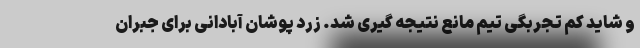
و شاید کم تجربگی تیم مانع نتیجه گیری شد. زرد پوشان آبادانی برای جبران